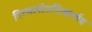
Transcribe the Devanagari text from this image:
नित्याषोडशिकार्णव